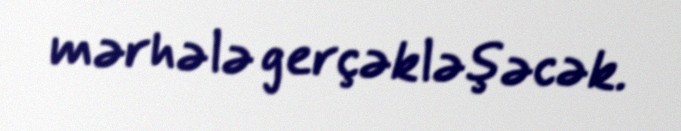
mərhələ gerçəkləşəcək.